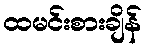
ထမင်းစားချိန်